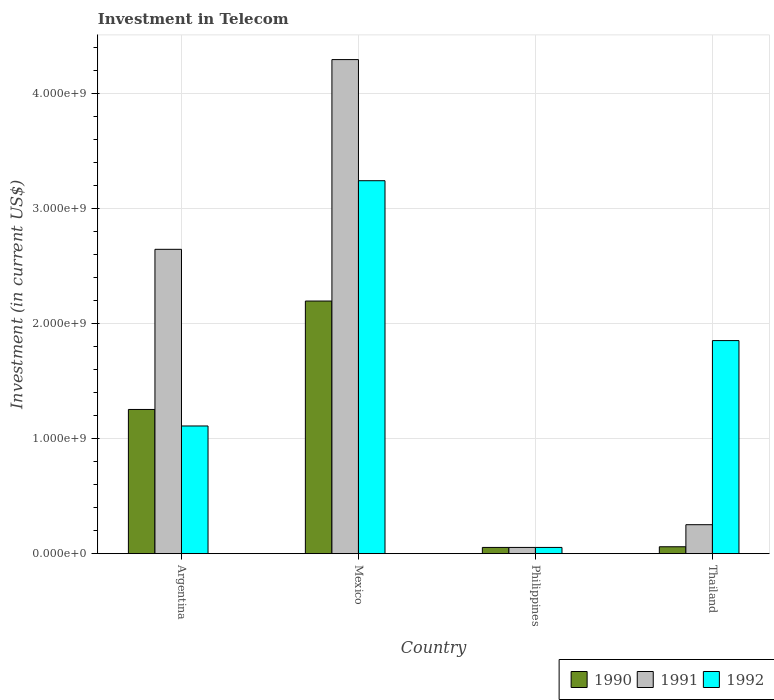
| Country | 1990 | 1991 | 1992 |
 | --- | --- | --- | --- |
 | Argentina | 1.25e+09 | 2.65e+09 | 1.11e+09 |
 | Mexico | 2.2e+09 | 4.3e+09 | 3.24e+09 |
 | Philippines | 5.42e+07 | 5.42e+07 | 5.42e+07 |
 | Thailand | 6e+07 | 2.52e+08 | 1.85e+09 |